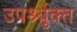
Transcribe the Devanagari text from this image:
उपर्श्युक्त